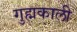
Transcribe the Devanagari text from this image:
गुह्मकाली